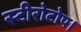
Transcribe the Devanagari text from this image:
स्टीरोटोप।